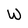
Character: W